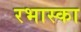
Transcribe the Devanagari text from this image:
रभास्‍का